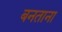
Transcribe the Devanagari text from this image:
बनताना